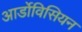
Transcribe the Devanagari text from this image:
आर्डोविसियन